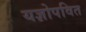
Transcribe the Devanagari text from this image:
यज्ञोपवित